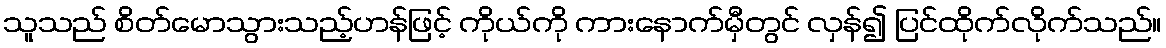
သူသည် စိတ်မောသွားသည့်ဟန်ဖြင့် ကိုယ်ကို ကားနောက်မှီတွင် လှန်၍ ပြင်ထိုက်လိုက်သည်။